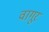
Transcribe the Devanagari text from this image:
वागूर